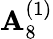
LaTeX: {\mathbf{A}}_{8}^{(1)}